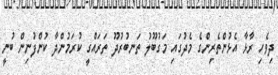
ދިވެހި ރާޅާ އެޅުންތެރިންގެ މެދުގައި މަގުބޫލު ތަނބުރުދޫ ތަރައްގީ ކުރަމުންދާ ކުންފުނިން ބުނީ